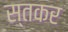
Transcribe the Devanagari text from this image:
स्तकर